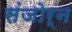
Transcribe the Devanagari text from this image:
संजोर्न